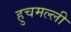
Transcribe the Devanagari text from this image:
हुचमल्ली